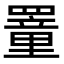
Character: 罿